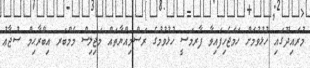
މުރައިދޫގައި ހުޅުވުމަށް ހަމަޖެހިފައިވާ ފާރމަސީ ހުޅުވުމުގެ ރަސްމިއްޔާތައް މަޖިލިސް މެމްބަރ އިބްރާޙިމް ސުޖާޢު